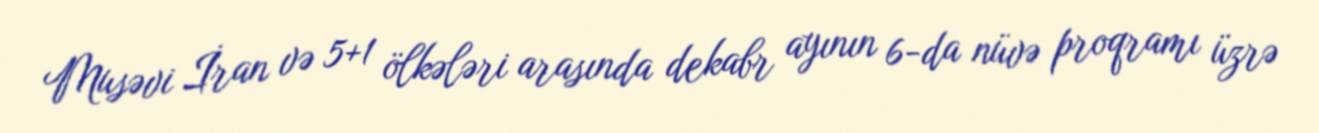
Musəvi İran və 5+1 ölkələri arasında dekabr ayının 6-da nüvə proqramı üzrə